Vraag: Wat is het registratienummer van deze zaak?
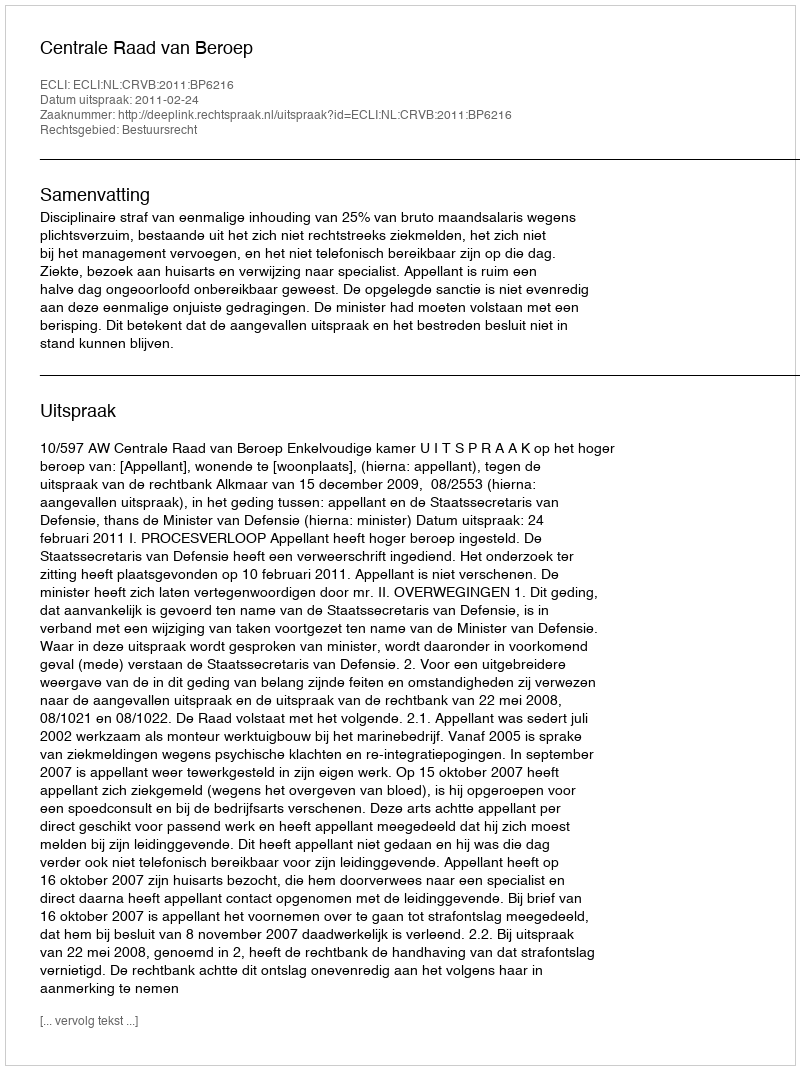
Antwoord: http://deeplink.rechtspraak.nl/uitspraak?id=ECLI:NL:CRVB:2011:BP6216